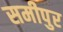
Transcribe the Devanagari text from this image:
समीपुर